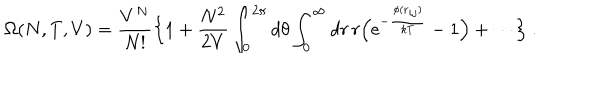
LaTeX: \Omega ( N , T , V ) = { \frac { V ^ { N } } { N ! } } \Bigl \{ 1 + { \frac { N ^ { 2 } } { 2 V } } \int _ { 0 } ^ { 2 \pi } d \theta \int _ { 0 } ^ { \infty } d r \, r \Bigl ( \mathrm { e } ^ { - { \frac { \phi ( { \bf r } _ { i j } ) } { k T } } } - 1 \Bigr ) + \cdots \Bigr \} \ .